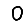
Digit: 0